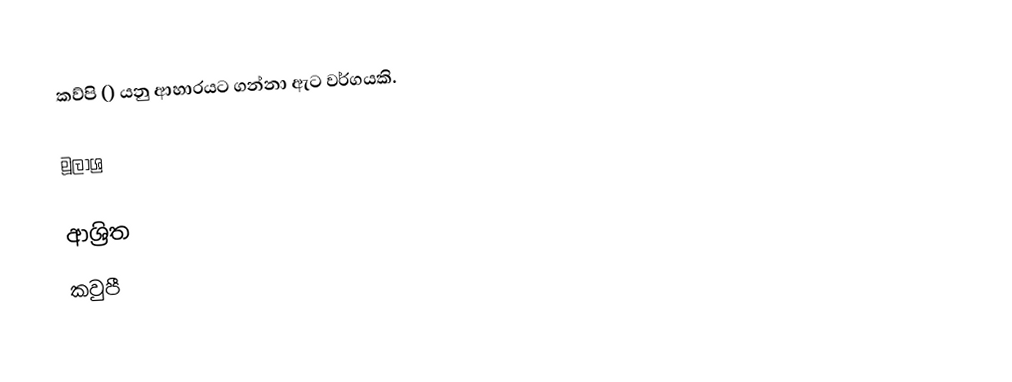
කව්පි () යනු ආහාරයට ගන්නා ඇට වර්ගයකි.

මූලාශ්‍ර

ආශ්‍රිත
 කවුපී